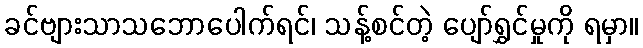
ခင်ဗျားသာသဘောပေါက်ရင်၊ သန့်စင်တဲ့ ပျော်ရွှင်မှုကို ရမှာ။